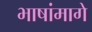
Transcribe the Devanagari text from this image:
भाषांमागे